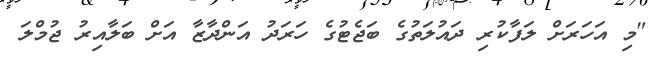
"މި އަހަރަށް ލަފާކުރި ދައުލަތުގެ ބަޖެޓުގެ ހަރަދު އަންދާޒާ އަށް ބަލާއިރު ޖުމްލަ